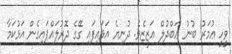
ވީހީ ޢުމަރު ބުނު ޢަބްދުލް ޢަޒީޒެވެ. ދުނިޔެ އަޅައިފައި ގޭގެ ދޮރުލައްޕައިގެން އަޅުކަމާ